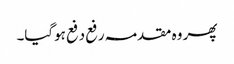
پھر وہ مقدمہ رفع دفع ہوگیا۔